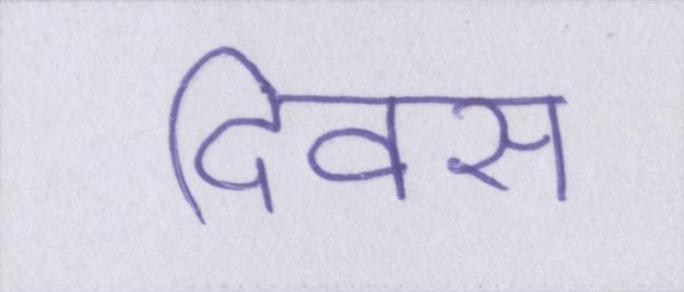
दिवस